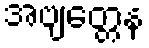
အဗျတ္တေန